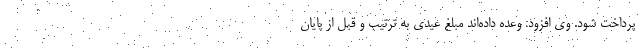
پرداخت شود. وی افزود: وعده داده‌اند مبلغ عیدی به ترتیب و قبل از پایان